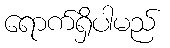
ရောက်ရှိပါမည်